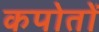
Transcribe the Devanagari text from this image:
कपोतों